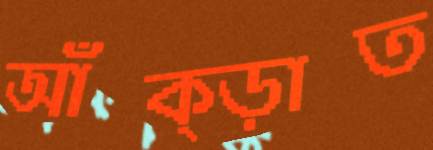
আঁক্‌ড়াত